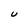
Character: U